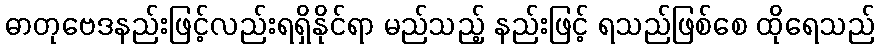
ဓာတုဗေဒနည်းဖြင့်လည်းရရှိနိုင်ရာ မည်သည့် နည်းဖြင့် ရသည်ဖြစ်စေ ထိုရေသည်